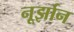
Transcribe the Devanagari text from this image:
नूर्झान